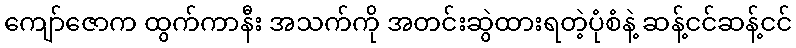
ကျော်ဇောက ထွက်ကာနီး အသက်ကို အတင်းဆွဲထားရတဲ့ပုံစံနဲ့ ဆန့်ငင်ဆန့်ငင်